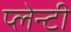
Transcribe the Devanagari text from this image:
प्लेन्टी